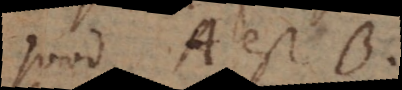
quod A est B.